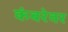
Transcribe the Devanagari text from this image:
कंबरेवर